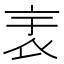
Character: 𧘘